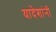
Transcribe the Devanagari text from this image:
यादेशांनी